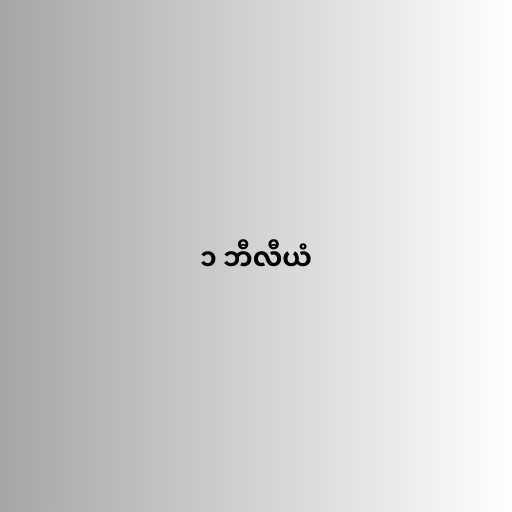
၁ ဘီလီယံ